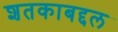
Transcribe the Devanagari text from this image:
शतकाबद्दल